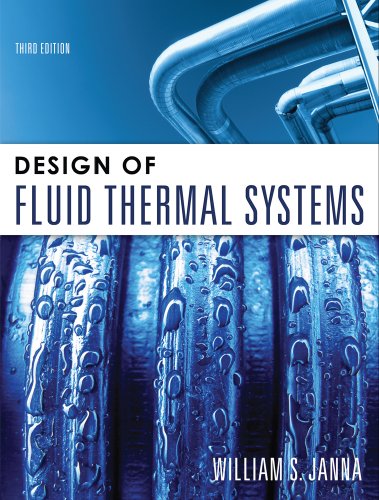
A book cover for Design of Fluid Thermal Systems; William S. Janna; Engineering & Transportation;